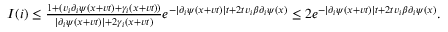
\begin{array} { r } { I ( i ) \leq \frac { 1 + ( v _ { i } \partial _ { i } \psi ( x + v t ) + \gamma _ { i } ( x + v t ) ) } { \lvert \partial _ { i } \psi ( x + v t ) \rvert + 2 \gamma _ { i } ( x + v t ) } e ^ { - \lvert \partial _ { i } \psi ( x + v t ) \rvert t + 2 t v _ { i } \beta \partial _ { i } \psi ( x ) } \leq 2 e ^ { - \lvert \partial _ { i } \psi ( x + v t ) \rvert t + 2 t v _ { i } \beta \partial _ { i } \psi ( x ) } . } \end{array}